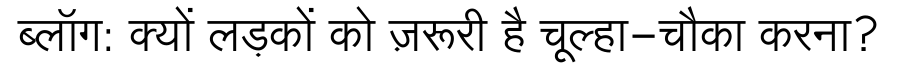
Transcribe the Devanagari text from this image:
ब्लॉग: क्यों लड़कों को ज़रूरी है चूल्हा-चौका करना?